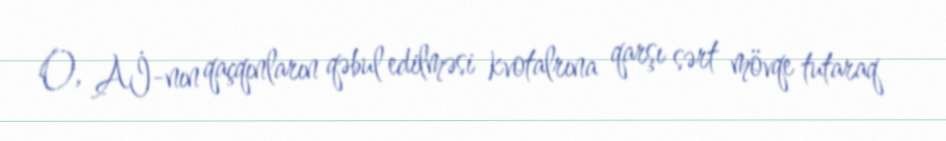
O, Aİ-nın qaçqınların qəbul edilməsi kvotalrına qarşı sərt mövqe tutaraq